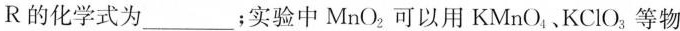
R的化学式为___；实验中MnO_{2}可以用KMnO_{4}、KClO_{3 }；等物